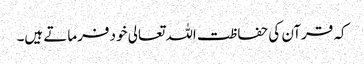
کہ قرآن کی حفاظت اللہ تعالی خود فرماتے ہیں۔